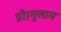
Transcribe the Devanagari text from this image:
प्रो।गुलाम